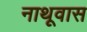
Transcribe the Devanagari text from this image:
नाथूवास